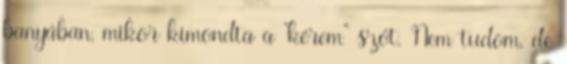
banyában, mikor kimondta a “kérem” szót. Nem tudom, de